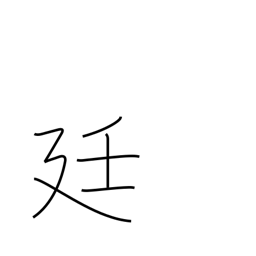
Meaning: imperial court